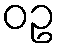
ဝဥ